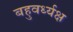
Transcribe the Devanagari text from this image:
बहुवर्ध्यक्ष